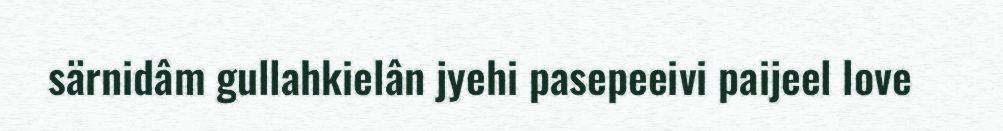
särnidâm gullahkielân jyehi pasepeeivi paijeel love